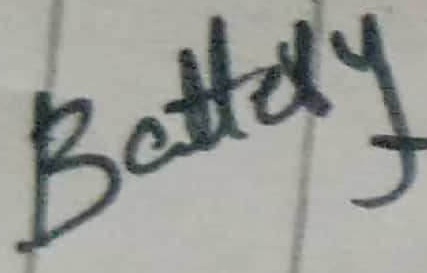
Text: Battery